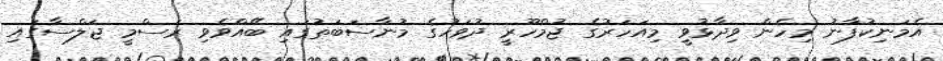
އެމަނިކުފާނު މިހެން ވިދާޅުވީ މިއަހަރުގެ ޖުމްހޫރީ ދުވަހުގެ މުނާސަބަތުގައި ބޭއްވެވި ރަސްމީ ޖަލްސާގައި